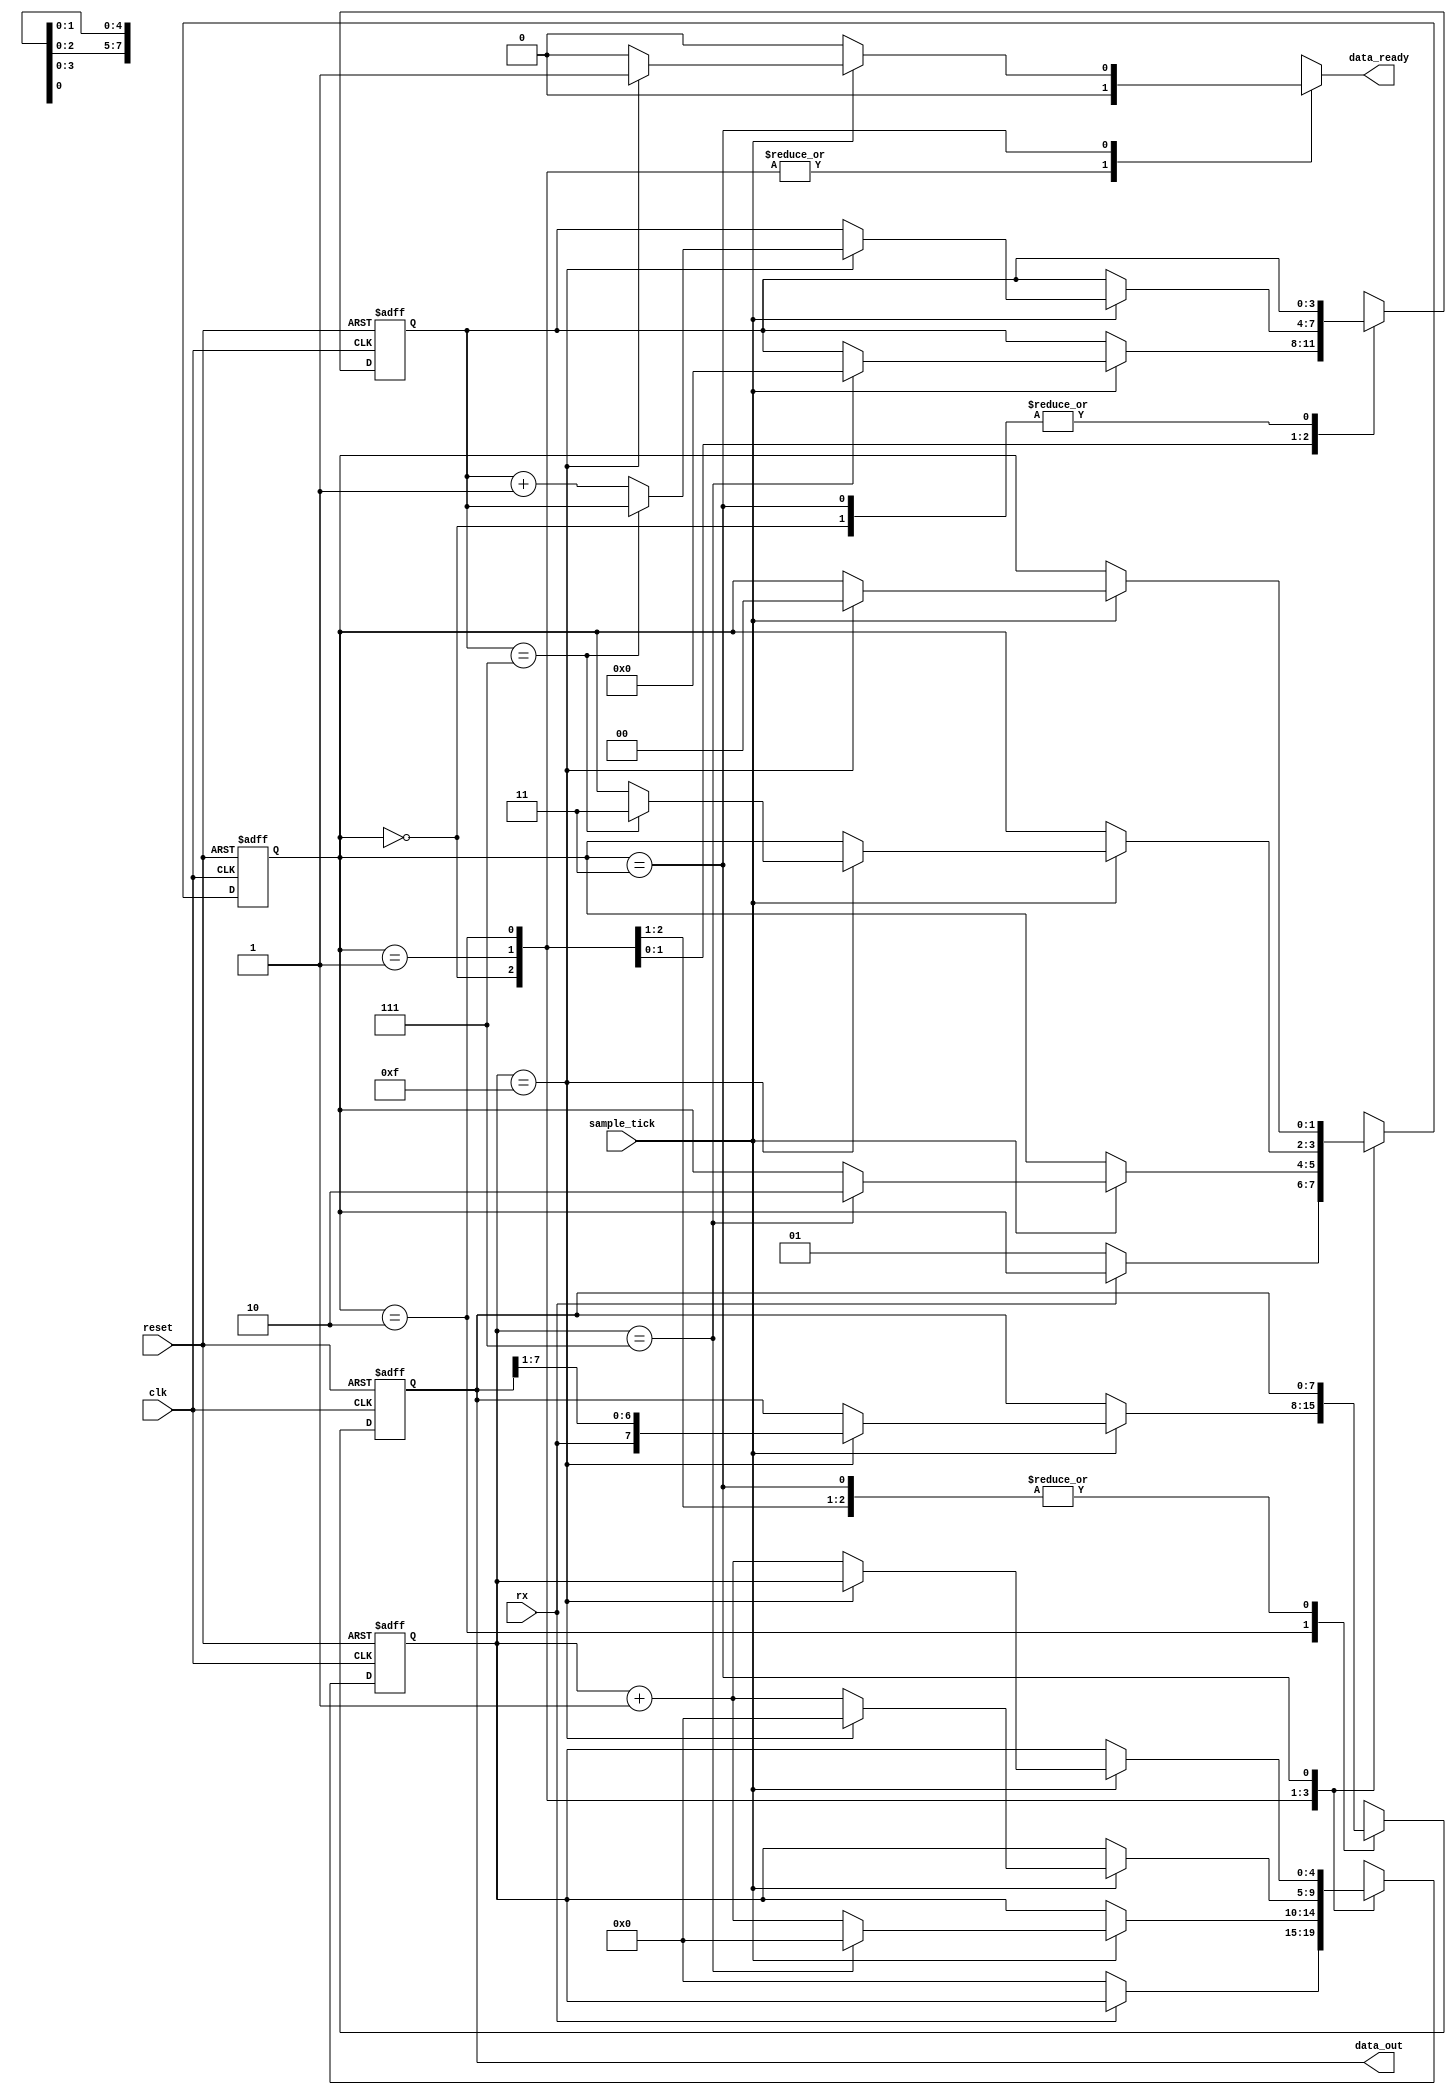
module Receiver
    #(
        parameter   DBITS = 8,                              // number of data bits in a data word
                    SB_TICK = 16                            // number of stop bit / oversampling ticks (1 stop bit)
    )
    (
        input clk,              
        input reset,                                        // reset
        input rx,                                           // receiver data line
        input sample_tick,                                  // sample tick from baud rate generator
        output reg data_ready,                              // signal when new data word is complete (received)
        output [DBITS-1:0] data_out                         // data to FIFO
    );
    
    // State Machine States
    localparam [1:0] idle  = 2'b00,                         // IDLE state
                     start = 2'b01,                         // START state
                     data  = 2'b10,                         // DATA state
                     stop  = 2'b11;                         // STOP state
    
    // Registers                 
    reg [1:0] state, next_state;                            // state registers
    reg [4:0] tick_reg, tick_next;                          // number of ticks received from baud rate generator
    reg [3:0] nbits_reg, nbits_next;                        // number of bits received in data state
    reg [7:0] data_reg, data_next;                          // reassembled data word
    
    // Register Logic
    always @(posedge clk, posedge reset)
        if(reset) begin
            state <= idle;                                  // state is idle
            tick_reg <= 0;                                  // reset tick reg
            nbits_reg <= 0;                                 // reset number bit reg
            data_reg <= 0;                                  // reset data reg
        end
        else begin
            state <= next_state;                            // assign state to the next state
            tick_reg <= tick_next;                          // assign tick reg for the tick next
            nbits_reg <= nbits_next;                        // assign number bit reg to the number bit next
            data_reg <= data_next;                          // assign data reg to the data next
        end         

    // State Machine Logic
    always @* begin
        next_state = state;             
        data_ready = 1'b0;
        tick_next = tick_reg;
        nbits_next = nbits_reg;
        data_next = data_reg;
        
        case(state)
            idle:
                if(~rx) begin                               // when data line goes LOW (start condition)
                    next_state = start;                     // next state to the start state    
                    tick_next = 0;
                end
            start:
                if(sample_tick)                             // if is ennough to the baud rate
                    if(tick_reg == 7) begin                 // enough for the 8 bit
                        next_state = data;                  // next state is data
                        tick_next = 0;
                        nbits_next = 0;
                    end
                    else
                        tick_next = tick_reg + 1;           // calculate tick reg
            data:
                if(sample_tick)
                    if(tick_reg == 15) begin                
                        tick_next = 0;
                        data_next = {rx, data_reg[7:1]};    // data_next store data
                        if(nbits_reg == (DBITS-1))
                            next_state = stop;
                        else
                            nbits_next = nbits_reg + 1;
                    end
                    else
                        tick_next = tick_reg + 1;
            stop:
                if(sample_tick)
                    if(tick_reg == (SB_TICK-1)) begin
                        next_state = idle;
                        data_ready = 1'b1;
                    end
                    else
                        tick_next = tick_reg + 1;
        endcase                    
    end
    
    // Output Logic
    assign data_out = data_reg;

endmodule